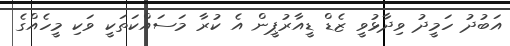
އަބުދު ހަމީދު ވިދާޅުވީ ޒެޑް ޑީއާރުޕީން އެ ކުރާ މަސައްކަތަކީ ވަކި މީހެއްގެ